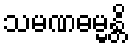
သမဏဓမ္မန္တိ